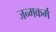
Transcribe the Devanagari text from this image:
जन्मकर्म